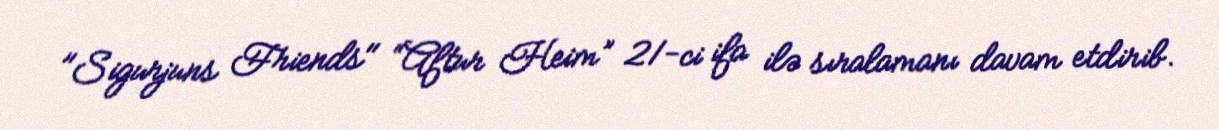
"Sigurjuns Friends" “Aftur Heim” 21-ci ifa ilə sıralamanı davam etdirib.